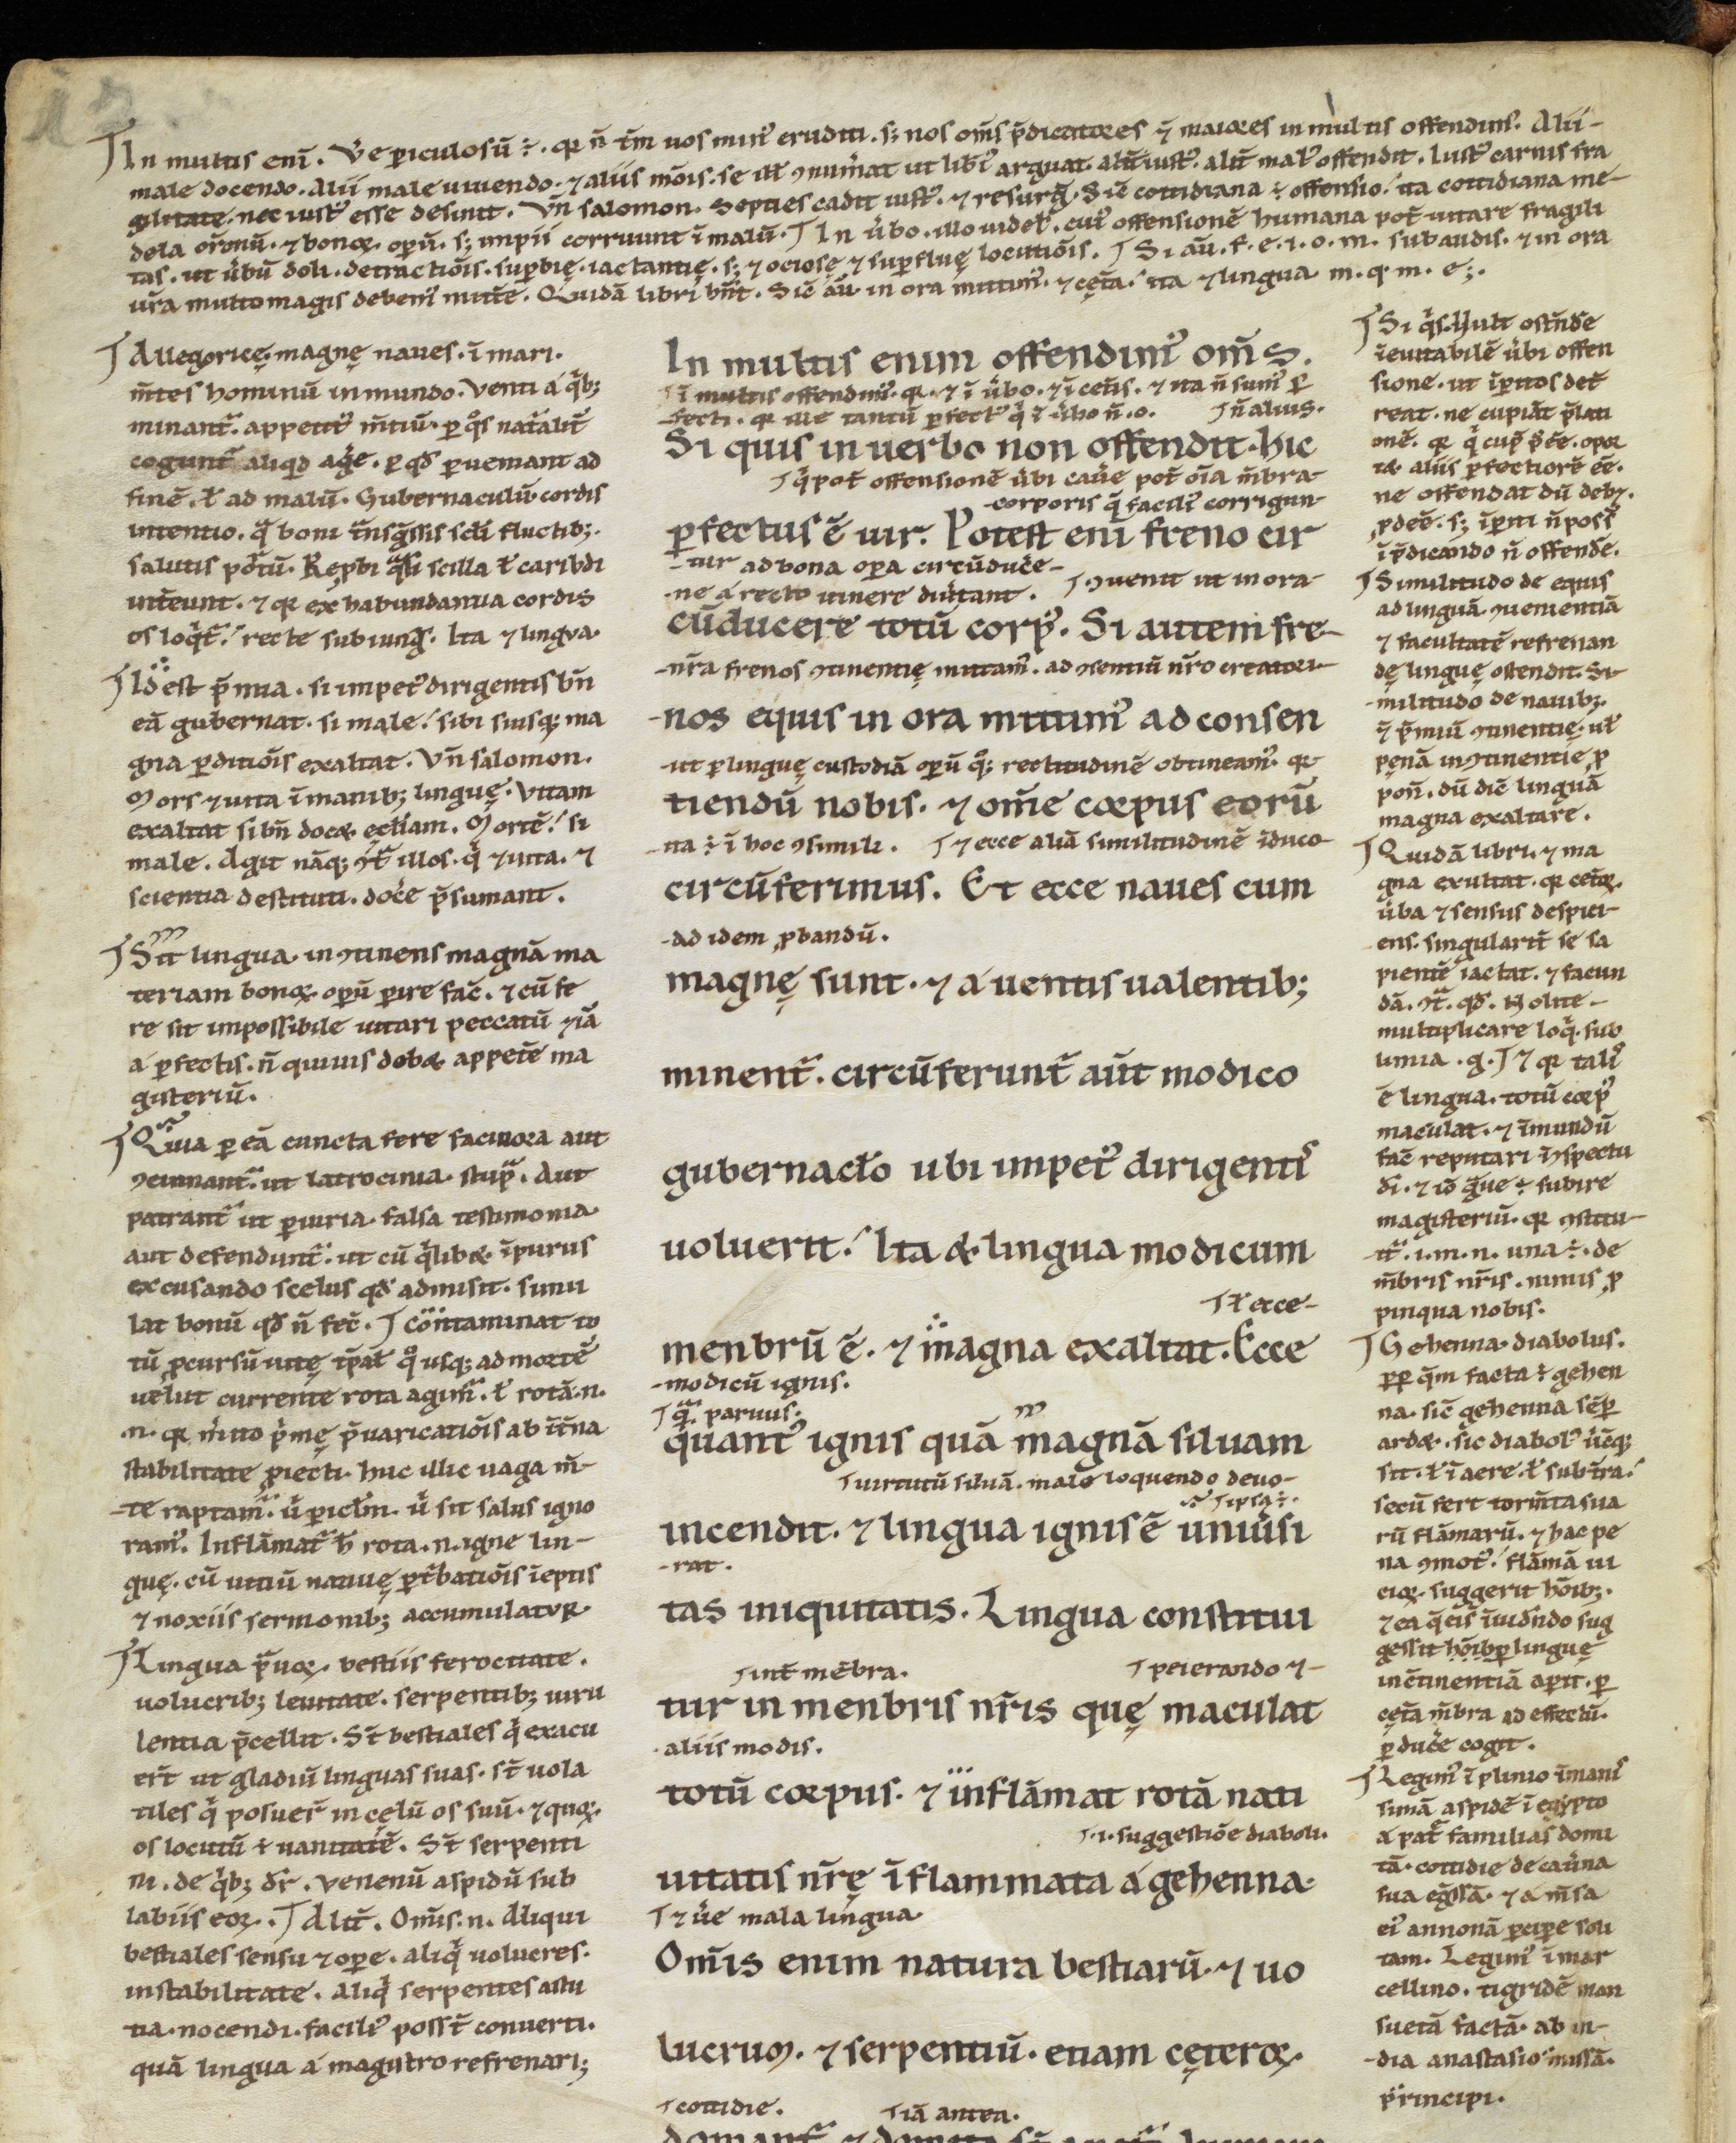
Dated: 1100–1199